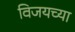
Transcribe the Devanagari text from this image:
विजयच्या